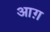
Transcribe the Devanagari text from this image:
आग़